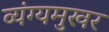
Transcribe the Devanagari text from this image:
व्यंग्यमुखर